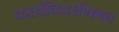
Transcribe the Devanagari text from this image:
कार्यविवरणिका